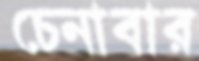
চেনাবার